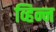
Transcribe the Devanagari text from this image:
व्हिन्न